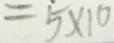
= 5 \times 1 0